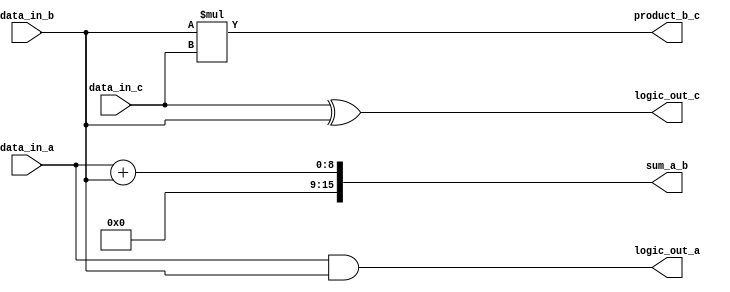
module overlapping_groups (
    input  wire [7:0] data_in_a,    // Input for Group A
    input  wire [7:0] data_in_b,    // Input for Group B
    input  wire [7:0] data_in_c,    // Input for Group C
    output wire [15:0] sum_a_b,      // Sum of Group A and B
    output wire [15:0] product_b_c,  // Product of Group B and C
    output wire [7:0] logic_out_a,   // Logic output from Group A
    output wire [7:0] logic_out_c    // Logic output from Group C
);

// Group A - Performs addition and logic operations
wire [15:0] add_res_a_b;
assign add_res_a_b = data_in_a + data_in_b; // Addition

// Logic operations in Group A
assign logic_out_a = data_in_a & data_in_b; // AND operation

// Group B - Shares inputs from A and C
wire [15:0] mul_res_b_c;
assign mul_res_b_c = data_in_b * data_in_c; // Multiplication

// Logic operations in Group B
assign logic_out_b = data_in_b | data_in_a; // OR operation

// Group C - Performs logic operations and utilizes results from B
assign logic_out_c = data_in_c ^ data_in_b; // XOR operation

// Outputs
assign sum_a_b = add_res_a_b;           // Output from Group A
assign product_b_c = mul_res_b_c;       // Output from Group B

endmodule